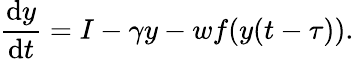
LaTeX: \frac{\mathrm{d}y}{\mathrm{d}t}=I-\gamma y-wf(y(t-\tau)).